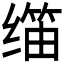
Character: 𬙀